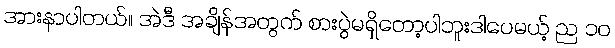
အားနာပါတယ်။ အဲဒီ အချိန်အတွက် စားပွဲမရှိတော့ပါဘူးဒါပေမယ့် ည ၁၀